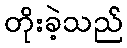
တိုးခဲ့သည်